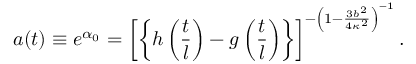
a ( t ) \equiv e ^ { \alpha _ { 0 } } = \left[ \left\{ h \left( \frac { t } { l } \right) - g \left( \frac { t } { l } \right) \right\} \right] ^ { - \left( 1 - \frac { 3 b ^ { 2 } } { 4 \kappa ^ { 2 } } \right) ^ { - 1 } } .